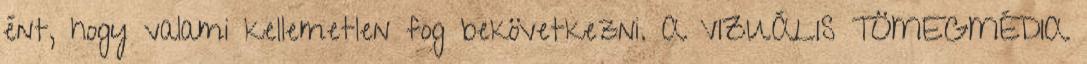
ént, hogy valami kellemetlen fog bekövetkezni. A VIZUÁLIS TÖMEGMÉDIA